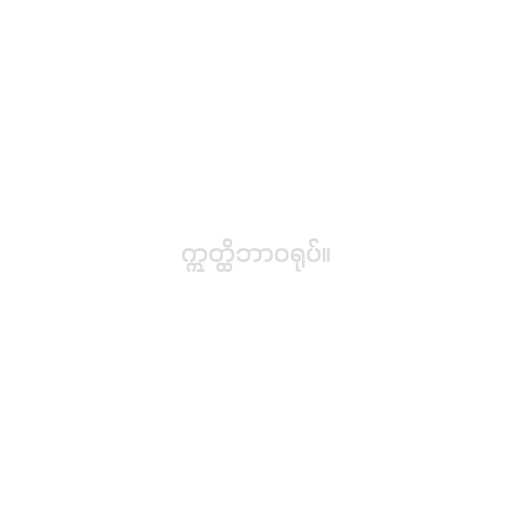
ဣတ္ထိဘာဝရုပ်။